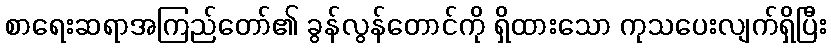
စာရေးဆရာအကြည်တော်၏ ခွန်လွန်တောင်ကို ရှိထားသော ကုသပေးလျက်ရှိပြီး